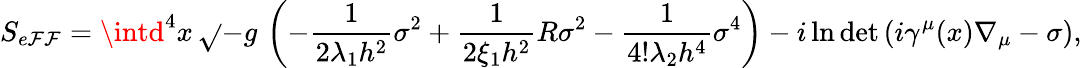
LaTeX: S_{e\mathcal{F}\mathcal{F}}=\intd^{4}x\, \sqrt{}{{-g}}\, \left(-\frac{{1}}{{2\lambda_{1}h^{2}}}\sigma^{2}+\frac{{1}}{{2\xi_{1}h^{2}}}R\sigma^{2}-\frac{{1}}{{4!\lambda_{2}h^{4}}}\sigma^{4}\right)-i\ln\operatorname*{det}\left(i\gamma^{\mu}(x)\nabla_{\mu}-\sigma\right),